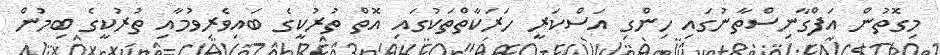
މިގޮތުން އަފްގާނިސްތާނުގައި ހިންގި އަސްކަރީ ހަރަކާތްތަކުގައި އޮތް ތުރުކީގެ ބައިވެރިވުމާއި ތުރުކީގެ ބިމުން